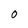
Character: 0